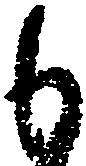
も